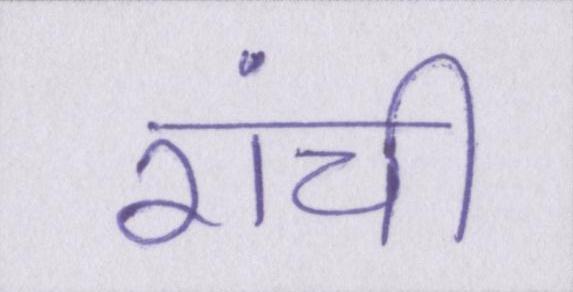
रांची